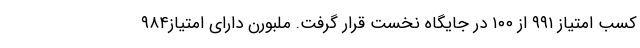
کسب امتیاز ۹۹۱ از ۱۰۰ در جایگاه نخست قرار گرفت. ملبورن دارای امتیاز۹۸۴